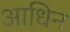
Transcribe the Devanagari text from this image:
आधिन